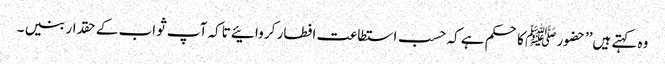
وہ کہتے ہیں’’حضور ﷺ کا حکم ہے کہ حسب استطاعت افطار کر وائیے تاکہ آپ ثواب کے حقدار بنیں ۔